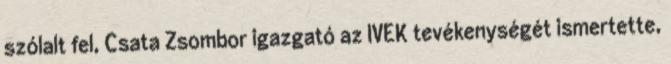
szólalt fel, Csata Zsombor igazgató az IVEK tevékenységét ismertette,